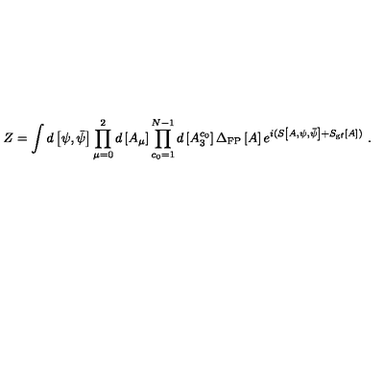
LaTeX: Z = \int d \left[ \psi , \bar { \psi } \right] \prod _ { \mu = 0 } ^ { 2 } d \left[ A _ { \mu } \right] \prod _ { c _ { 0 } = 1 } ^ { N - 1 } d \left[ A _ { 3 } ^ { c _ { 0 } } \right] \Delta _ { \mathrm { F P } } \left[ A \right] e ^ { i ( S \left[ A , \psi , \bar { \psi } \right] + S _ { \mathrm { g f } } \left[ A \right] ) } \ .